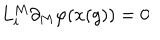
LaTeX: L _ { i } ^ { M } \partial _ { M } \varphi ( x ( g ) ) = 0